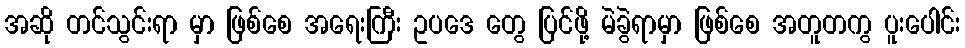
အဆို တင်သွင်းရာ မှာ ဖြစ်စေ အရေးကြီး ဥပဒေ တွေ ပြင်ဖို့ မဲခွဲရာမှာ ဖြစ်စေ အတူတကွ ပူးပေါင်း